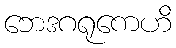
ဘေဒဂရုကေဟိ